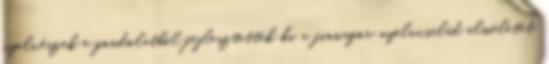
nyelvészek e gondolatból fejlesztették ki a finnugor nyelvcsalád elméletét,